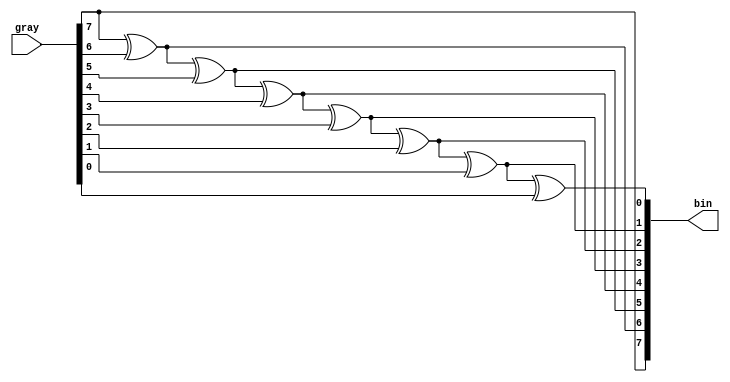
//
// Copyright 2016 Ettus Research, a National Instruments Company
//
// SPDX-License-Identifier: LGPL-3.0-or-later
//
//
// Gray: {a,b,c,d}
// Bits: {a,a^b,a^b^c,a^b^c^d}
//
module gray2bin #(
    parameter WIDTH = 8)
(
    input [WIDTH-1:0] gray,
    output reg [WIDTH-1:0] bin
);

    integer i;
    always @(*) begin
        bin[WIDTH-1] = gray[WIDTH-1];
        for (i = WIDTH-2; i >= 0; i = i - 1) begin
            bin[i] = bin[i+1] ^ gray[i];
        end
    end

endmodule